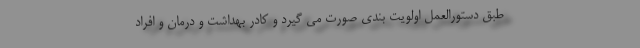
طبق دستورالعمل اولویت بندی صورت می گیرد و کادر بهداشت و درمان و افراد